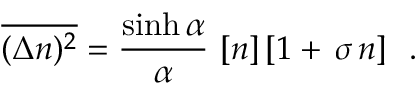
\overline { { { ( \Delta n ) ^ { 2 } } } } = \frac { \sinh \alpha } { \alpha } \, \, [ n ] \, [ 1 + \, \sigma \, n ] \ \ .